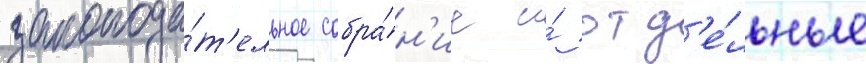
законода́т'ельное собра́н'ие и́ отд'е́льные